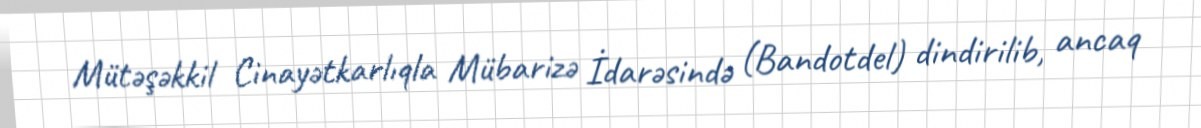
Mütəşəkkil Cinayətkarlıqla Mübarizə İdarəsində (Bandotdel) dindirilib, ancaq